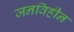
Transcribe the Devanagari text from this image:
जनविहीन